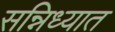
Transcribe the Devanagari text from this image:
सन्निध्यात